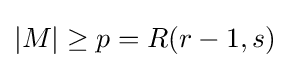
|M|\geq p=R(r-1,s)